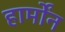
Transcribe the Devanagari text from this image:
हार्मोंन